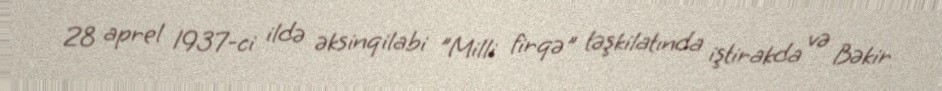
28 aprel 1937-ci ildə əksinqilabi "Milli firqə" təşkilatında iştirakda və Bəkir